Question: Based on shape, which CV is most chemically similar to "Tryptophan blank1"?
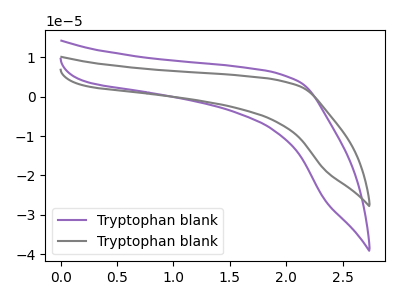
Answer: <think>The purple curve "Tryptophan blank1" has no peaks. The gray curve "Tryptophan blank2" has no peaks.
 Neither "Tryptophan blank1" or "Tryptophan blank2" have any peaks.</think>
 <answer>The CV with the most similar shape to "Tryptophan blank2" is "Tryptophan blank1".</answer>
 <eval>"Tryptophan blank1"</eval>